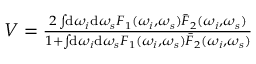
\begin{array} { r } { V = \frac { 2 \int \! \! \mathrm { d } \omega _ { i } \mathrm { d } \omega _ { s } F _ { 1 } ( \omega _ { i } , \omega _ { s } ) \bar { F } _ { 2 } ( \omega _ { i } , \omega _ { s } ) } { 1 + \int \! \! \mathrm { d } \omega _ { i } \mathrm { d } \omega _ { s } F _ { 1 } ( \omega _ { i } , \omega _ { s } ) \bar { F } _ { 2 } ( \omega _ { i } , \omega _ { s } ) } } \end{array}